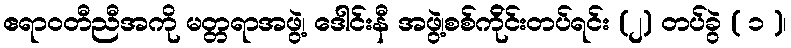
ဧရာဝတီညီအကို မတ္တရာအဖွဲ့၊ ဒေါင်းနီ အဖွဲ့၊စစ်က်ိုင်းတပ်ရင်း (၂) တပ်ခွဲ ( ၁ )၊